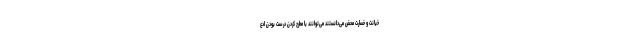
خیانت و خسارت محض می‌دانستند می‌توانند با مطرح کردن درست بودن ادع